Indian journal of veterinary science and animal husbandry - Volumes 22-23, 1952-1953
Year: 1952
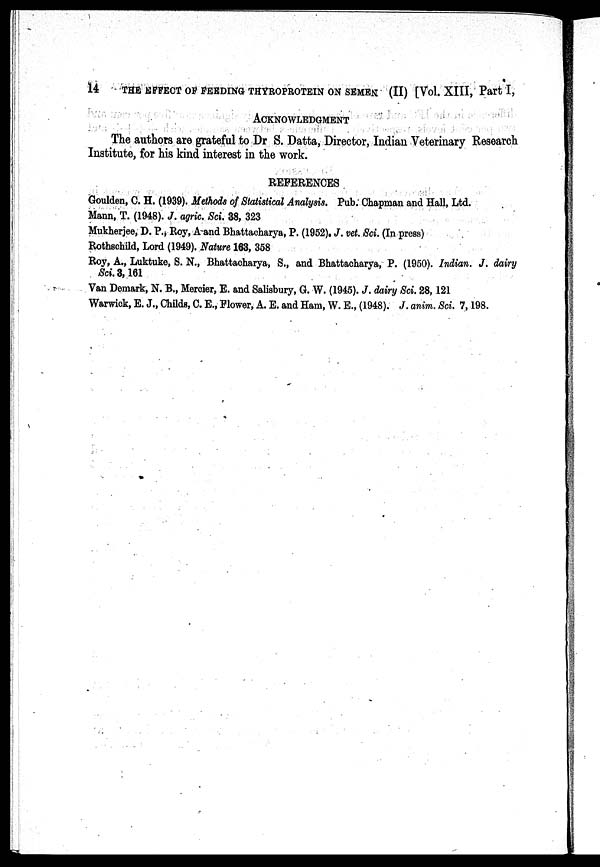
14 THE EFFECT OF FEEDING THYROPROTEIN ON SEMEN (II) [Vol. XIII, Part I,
ACKNOWLEDGMENT
The authors are grateful to Dr S. Datta, Director, Indian Veterinary Research
Institute, for his kind interest in the work.
REFERENCES
Goulden, C. H. (1939). Methods of Statistical Analysis. Pub. Chapman and Hall, Ltd.
Mann, T. (1948). J. agric. Sci. 38, 323
Mukherjee, D. P., Roy, A and Bhattacharya, P. (1952). J. vet. Sci. (In press)
Rothschild, Lord (1949). Nature 163, 358
Roy, A., Luktuke, S. N., Bhattacharya, S., and Bhattacharya, P. (1950). Indian. J. dairy
Sci. 3, 161
Van Demark, N. B., Mercier, E. and Salisbury, G. W. (1945). J. dairy Sci. 28, 121
Warwick, E. J., Childs, C. E., Flower, A. E. and Ham, W. E., (1948). J. anim. Sci. 7, 198.